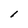
Character: l